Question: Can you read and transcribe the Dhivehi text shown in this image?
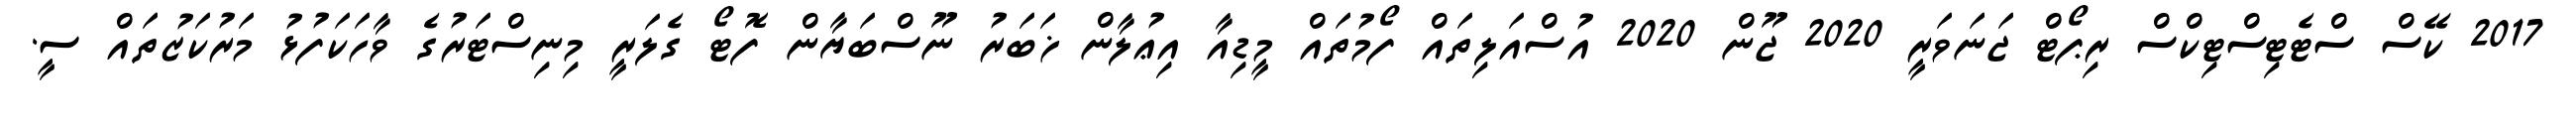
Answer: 2017 ކޭސް ސްޓެޓިސްޓިކްސް ރިޕޯޓް ޖަނަވަރީ 2020 ޖޫން 2020 އުސްއަލިތައް ފޯމުތައް މީޑިއާ އިޢުލާން ޚަބަރު ނޫސްބަޔާން ފޮޓޯ ގެލަރީ މިނިސްޓަރުގެ ވާހަކަފުޅު މަރުކަޒުތައް ސީ.